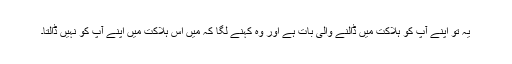
یہ تو اپنے آپ کو ہلاکت میں ڈالنے والی بات ہے اور وہ کہنے لگا کہ مَیں اس ہلاکت میں اپنے آپ کو نہیں ڈالتا۔